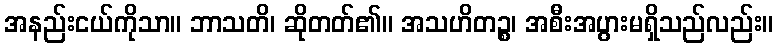
အနည်းငယ်ကိုသာ။ ဘာသတိ၊ ဆိုတတ်၏။ အသဟိတဉ္စ၊ အစီးအပွားမရှိသည်လည်း။